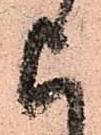
上